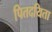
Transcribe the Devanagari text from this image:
पितदयिता